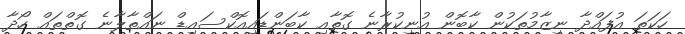
ހަކަތަ އުފައްދާ ނިޒާމުތަކުން ކާބޮން އުނިކުރާނެ ގޮތާއި ކާބަންޑައިއޮކްސައިޑް ނައްތާލާނެ ގޮތްތައް ހޯދާ